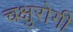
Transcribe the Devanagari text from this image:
चक्षुरोगी